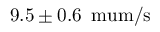
9 . 5 \pm 0 . 6 \, \mathrm { { \ m u m } / \mathrm { { s } } }